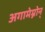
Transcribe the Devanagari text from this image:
अगामेम्नोन्